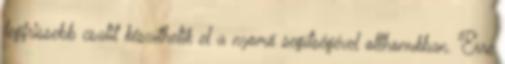
legfrissebb csalit készíthetik el a nyomó segítségével otthonukban. Erre